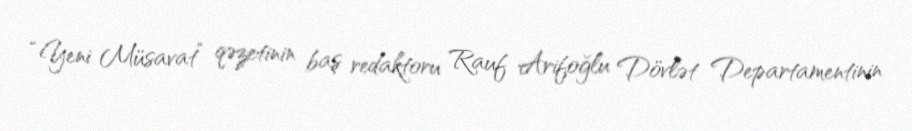
“Yeni Müsavat” qəzetinin baş redaktoru Rauf Arifoğlu Dövlət Departamentinin